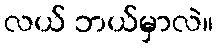
လယ် ဘယ်မှာလဲ။